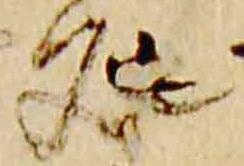
処